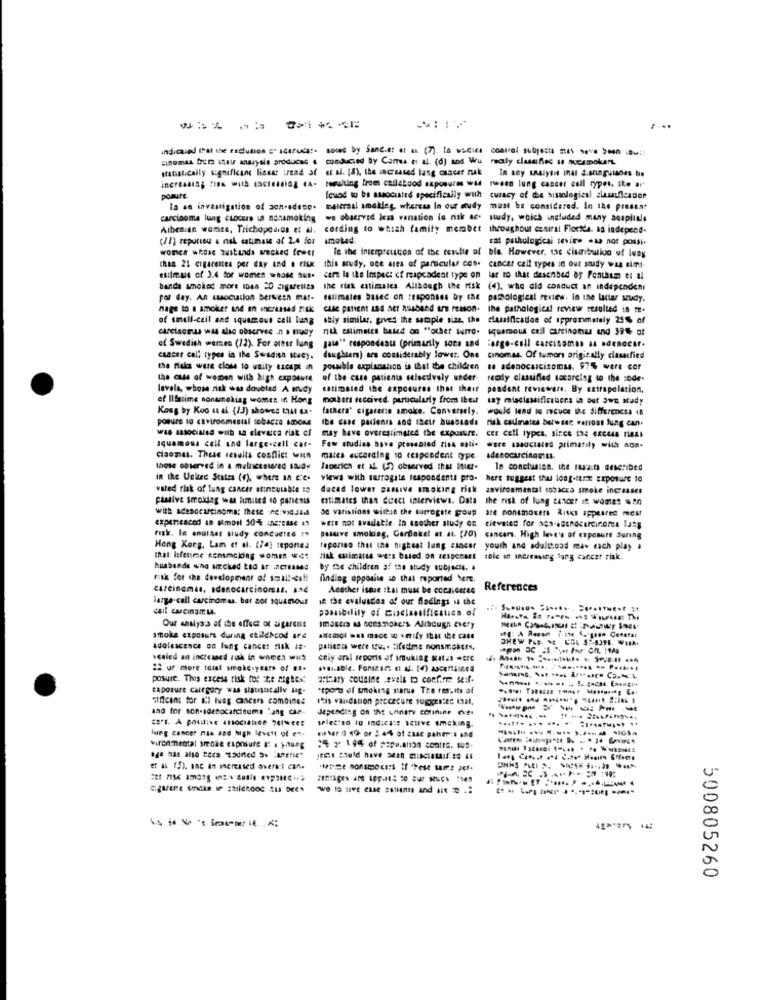
indicaund that the exclusion =" scarucar- sored by Sandie: et al (7). la wucies control subjects mas seve been iBuir
unomas from iser maryals produces a conducted by Cores e al (6) and We realy classifies is nuesmokers.
statistically significane liness iread at et al. (8), the increased lang osacer nak In soy LRAlyti InAl S.singulares be
increasing fiss with tacleaning eA.
resulting from cadlakood exposures wie rwwenn lung cancer cell types. the ar
posure.
Icuod to be associated specifically with curacy of de siological clasificador
la an investigation of son-edeco.
maieraal smokies, whereas In our audy
must be considered. In the pressat
carcinoma lung cuocere un nonsmoking
we observed less vanation (o nak ac- study, which included many hospitals
Albenian wamce, Trichopcaros et al.
cording to which family member throughout central Florida. as independ.
(II) repuriou & nak catimale of 2.4 for
smoked.
cat pathological tevite .As not possi.
worce whose zustands wrecked frwer
le the interpreution of the results of ble. However, tac cisibrukvo of luay
chas 21 cigarettes per day and . riux
this study, oce area of particular cos. cancer call types in ous study was simi-
esilmus of 3.4 for women whose aus.
carn la the Impec: cf respondent type on lar to that described of Pontaum et al
banda smoked more mas 20 cigarettes
the risk estimates Although the risk (4), whe ald conduct an independent
per day. Ant Lusocution berseen mar-
nage to a smoker and in increased risk
cale patient and her husband are reason. the pathological review resulted in te.
of smell-ceil and squamous cell lung
soly similar, gives the sacaple size, the classification of ipprommately 25% of
carcinomas was also observee .n . nudy
nik estimates based on "other surro- squamous cell carcinotras and 394 at
of Swedish wernes (12). For other lang
gata" respondeau (primarily sons and large-cell carcinomas as adenocsr.
csacar call types in the Swedish Itacy.
daughters] ars considerably lower. One cinomas. Of tumors originally classified
the risks were close to waity ezespt in
posible axpisoation is that the children se adenocarcinomas. 97% were cor
the case of women with bigh exposure
of the case patients selectively under- recly classified tocarcing to the :Ddr-
realy classified sosorcing to the :Ddr.
levels, whose risk was doubted A nudy
estimated the exposures that their
pendent reviewers. By extrapolation.
of Ilfatime sonarokiag womes in Hong
mothers received. particularly from Ibest way misclassificouers in our own study
Kong by Koo as al. (13) showes thul da-
fathera' cigarette smoke. Conversely.
would lead is reves the differences in
posure to caviroomestal tobacza amone
the case patients and their husbands risk coumates betwest varioss lung can.
was associated with ta clevaca risk of
may have overestimated the exportire.
ces cell types, since 13: excess rieni
squamous cell and large-cell car-
Few studies have presented riss cati-
ciaomes. These results conflict with
mates according to responderit rype.
those observed in a malnesstered study
In conclusion, the resalta described
in the United States (f), where an c'e.
views with surrogate respondents pro-
here suggest that longottime Exposure to
vated flak of lung cancer atincuiable to
ducad lower passive smoking risk
anvironmentat tobacco smoke increases
passive smoking was limited to panenus
estimates than diect interviews. Data
the risk of lung cancer it worst $80
od variations withit the turrogite goup
are nonsmokers Risks appeared most
experienced an almoil 30% Increase IN
were not available. In another study on
cievated for agh-adenocarcinoma lang
risk. le enatass study conducted ..
passive smoking, Gardakel et al. (20)
cancers, High leve's of exposure during
Hong Korg. Lam et al. (76) sepontes
reporino that the highest lung cancer youth and adulthood maw each play a
that Isfenec censmoking womm wit
risk estimates wers based on responses
role an increasing lung cancer risk.
husbands who arched Lad Ar ,7C768844
by the children of the study subjects. a
risk for the development of small-cell
finding opposite so that reported here.
carcinomas, adenocarcinomat. sad
Acother isque skal must be ccesiceree
References
large-cell carcinomas, bar aor squinous
ie the evaluation of our fladings is the
cail cascinaIL.
possibility of misclassificstica of
Our analys-3 of the effect of sigarens
smoke exposure during childhood are
altempi was made a verify that the case
adolescence on lung cancer risk za-
paticers were stu .. lifetime nonsmokers,
sealed an increased zuk in women wus
eniy aral reports of smuking statas +ere
22 ur more tomat smoke-years of #2.
posure. This excess tisk for "Le aigles!
actuary cousine evals to confirm se:f.
Sunarc. at caraa Cara1
exposure category was sisugncally Jag.
*sports of smoking starue The res.its of
afficans for Il Ivag cancers comoines
this validation prececure suggested 13al,
depending on the Lnnaty colinine eves
selected to Indicate active emcking.
...... ....
lung cancer na and high levett of en-
viron mental smoke exposure #: . young
age nas also hees "odred 5% mene"
agurene Smoke If shildROoc SIs been
wo 15 tive esse sstunn and st . ..
500805260